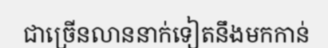
ជាច្រើនលាននាក់ទៀតនឹងមកកាន់